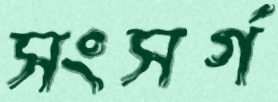
সংসর্গ